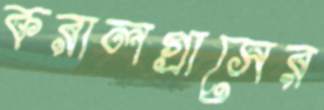
করালগ্রাসের